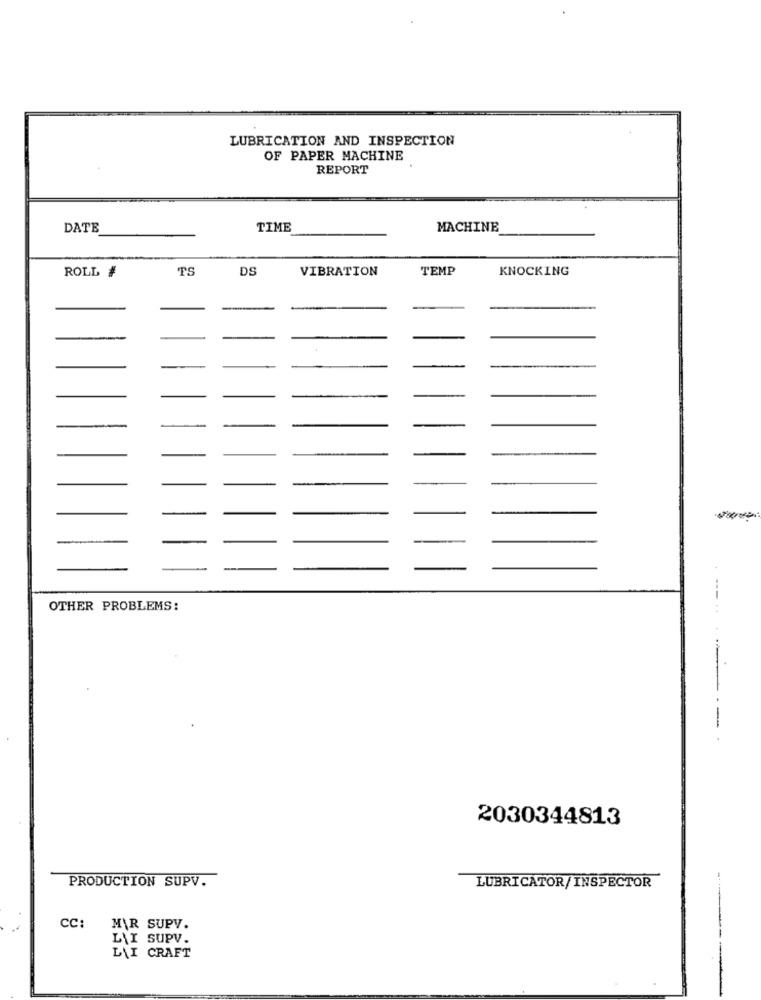
LUBRICATION AND INSPECTION
OF PAPER MACHINE
REPORT
DATE
TIME
MACHINE
ROLL #
TS
DS
VIBRATION
TEMP
KNOCKING
OTHER PROBLEMS:
-
-- .
2030344813
PRODUCTION SUPV.
LUBRICATOR/INSPECTOR
CC:
M\R SUPV.
L'I SUPV.
L\I CRAFT